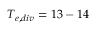
T _ { e , d i v } = 1 3 - 1 4